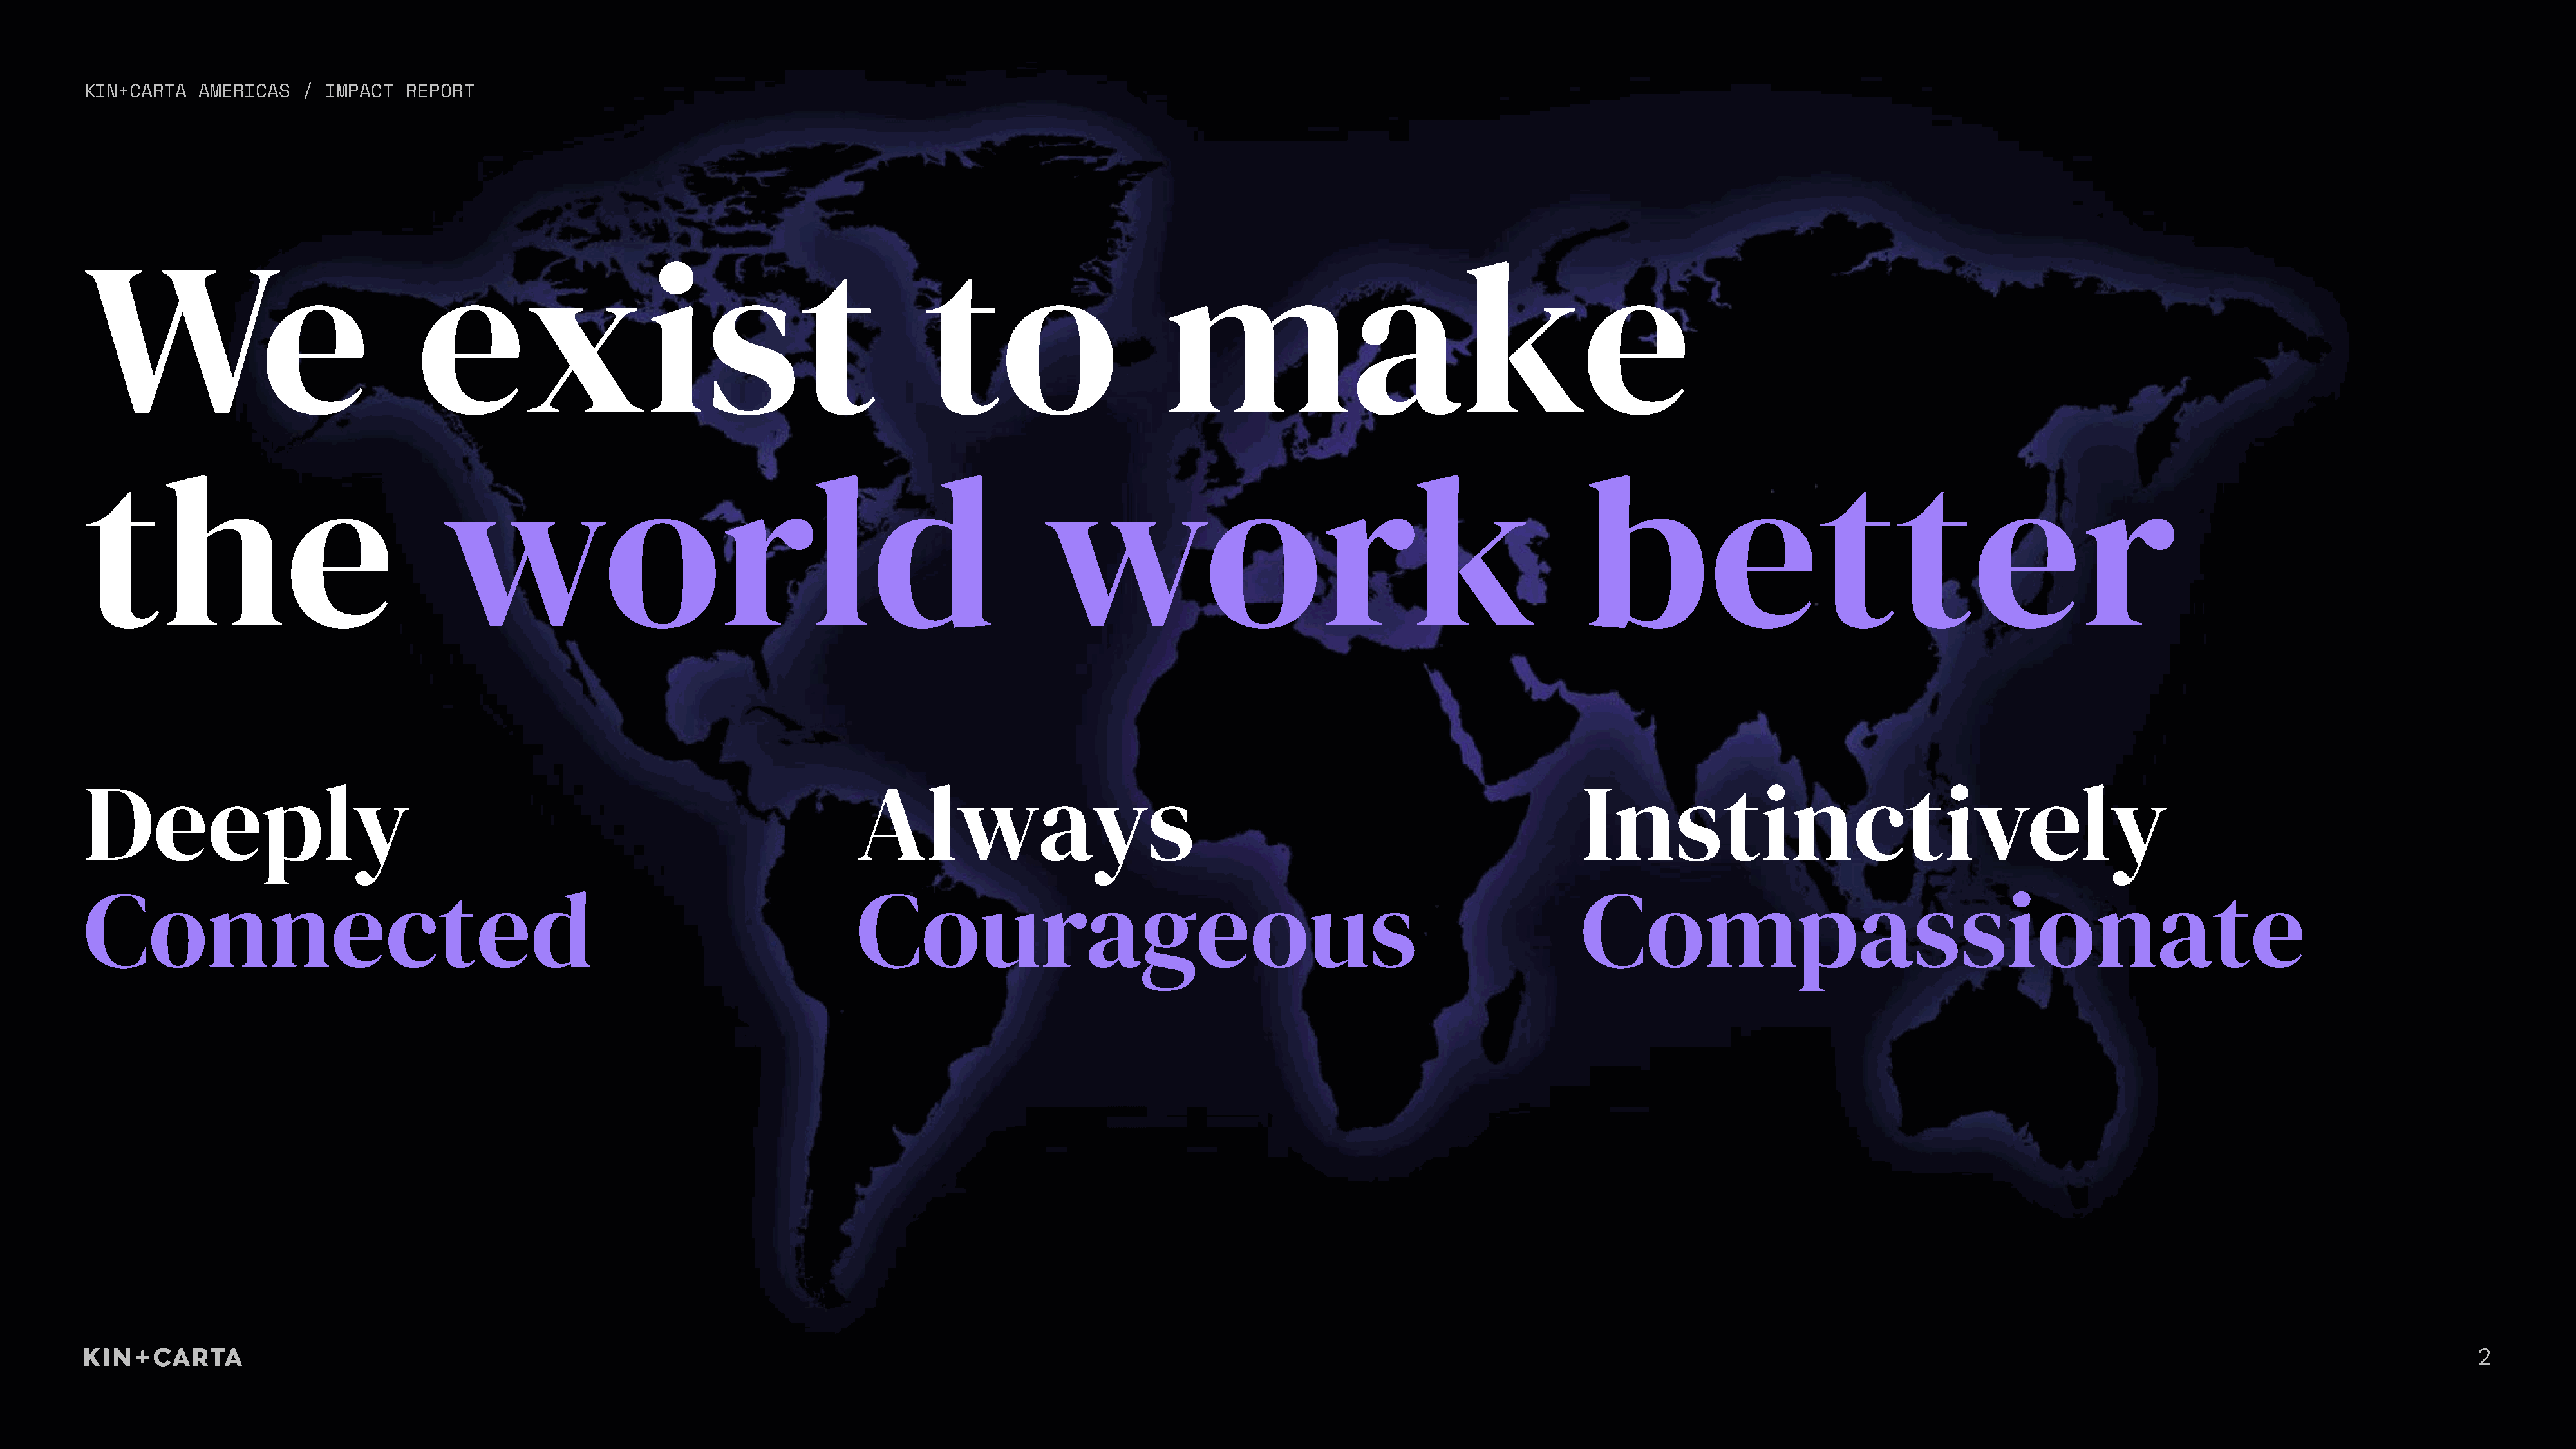
KIN+CARTA  AMERICAS   / IMPACT   REPORT
 We                                exist                                               to                       make
 the                                 world                                                         work                                                    better
 Deeply                                                                         Always                                                                     Instinctively
 Connected                                                                      Courageous                                                                 Compassionate
 2